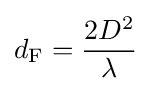
d_{\text{F}}={\frac {2D^{2}}{\lambda }}